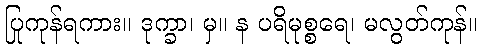
ပြုကုန်ရကား။ ဒုက္ခာ၊ မှ။ န ပရိမုစ္စရေ၊ မလွတ်ကုန်။